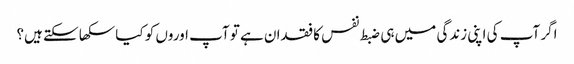
اگر آپ کی اپنی زندگی میں ہی ضبط نفس کا فقدان ہے تو آپ اوروں کو کیا سکھا سکتے ہیں؟